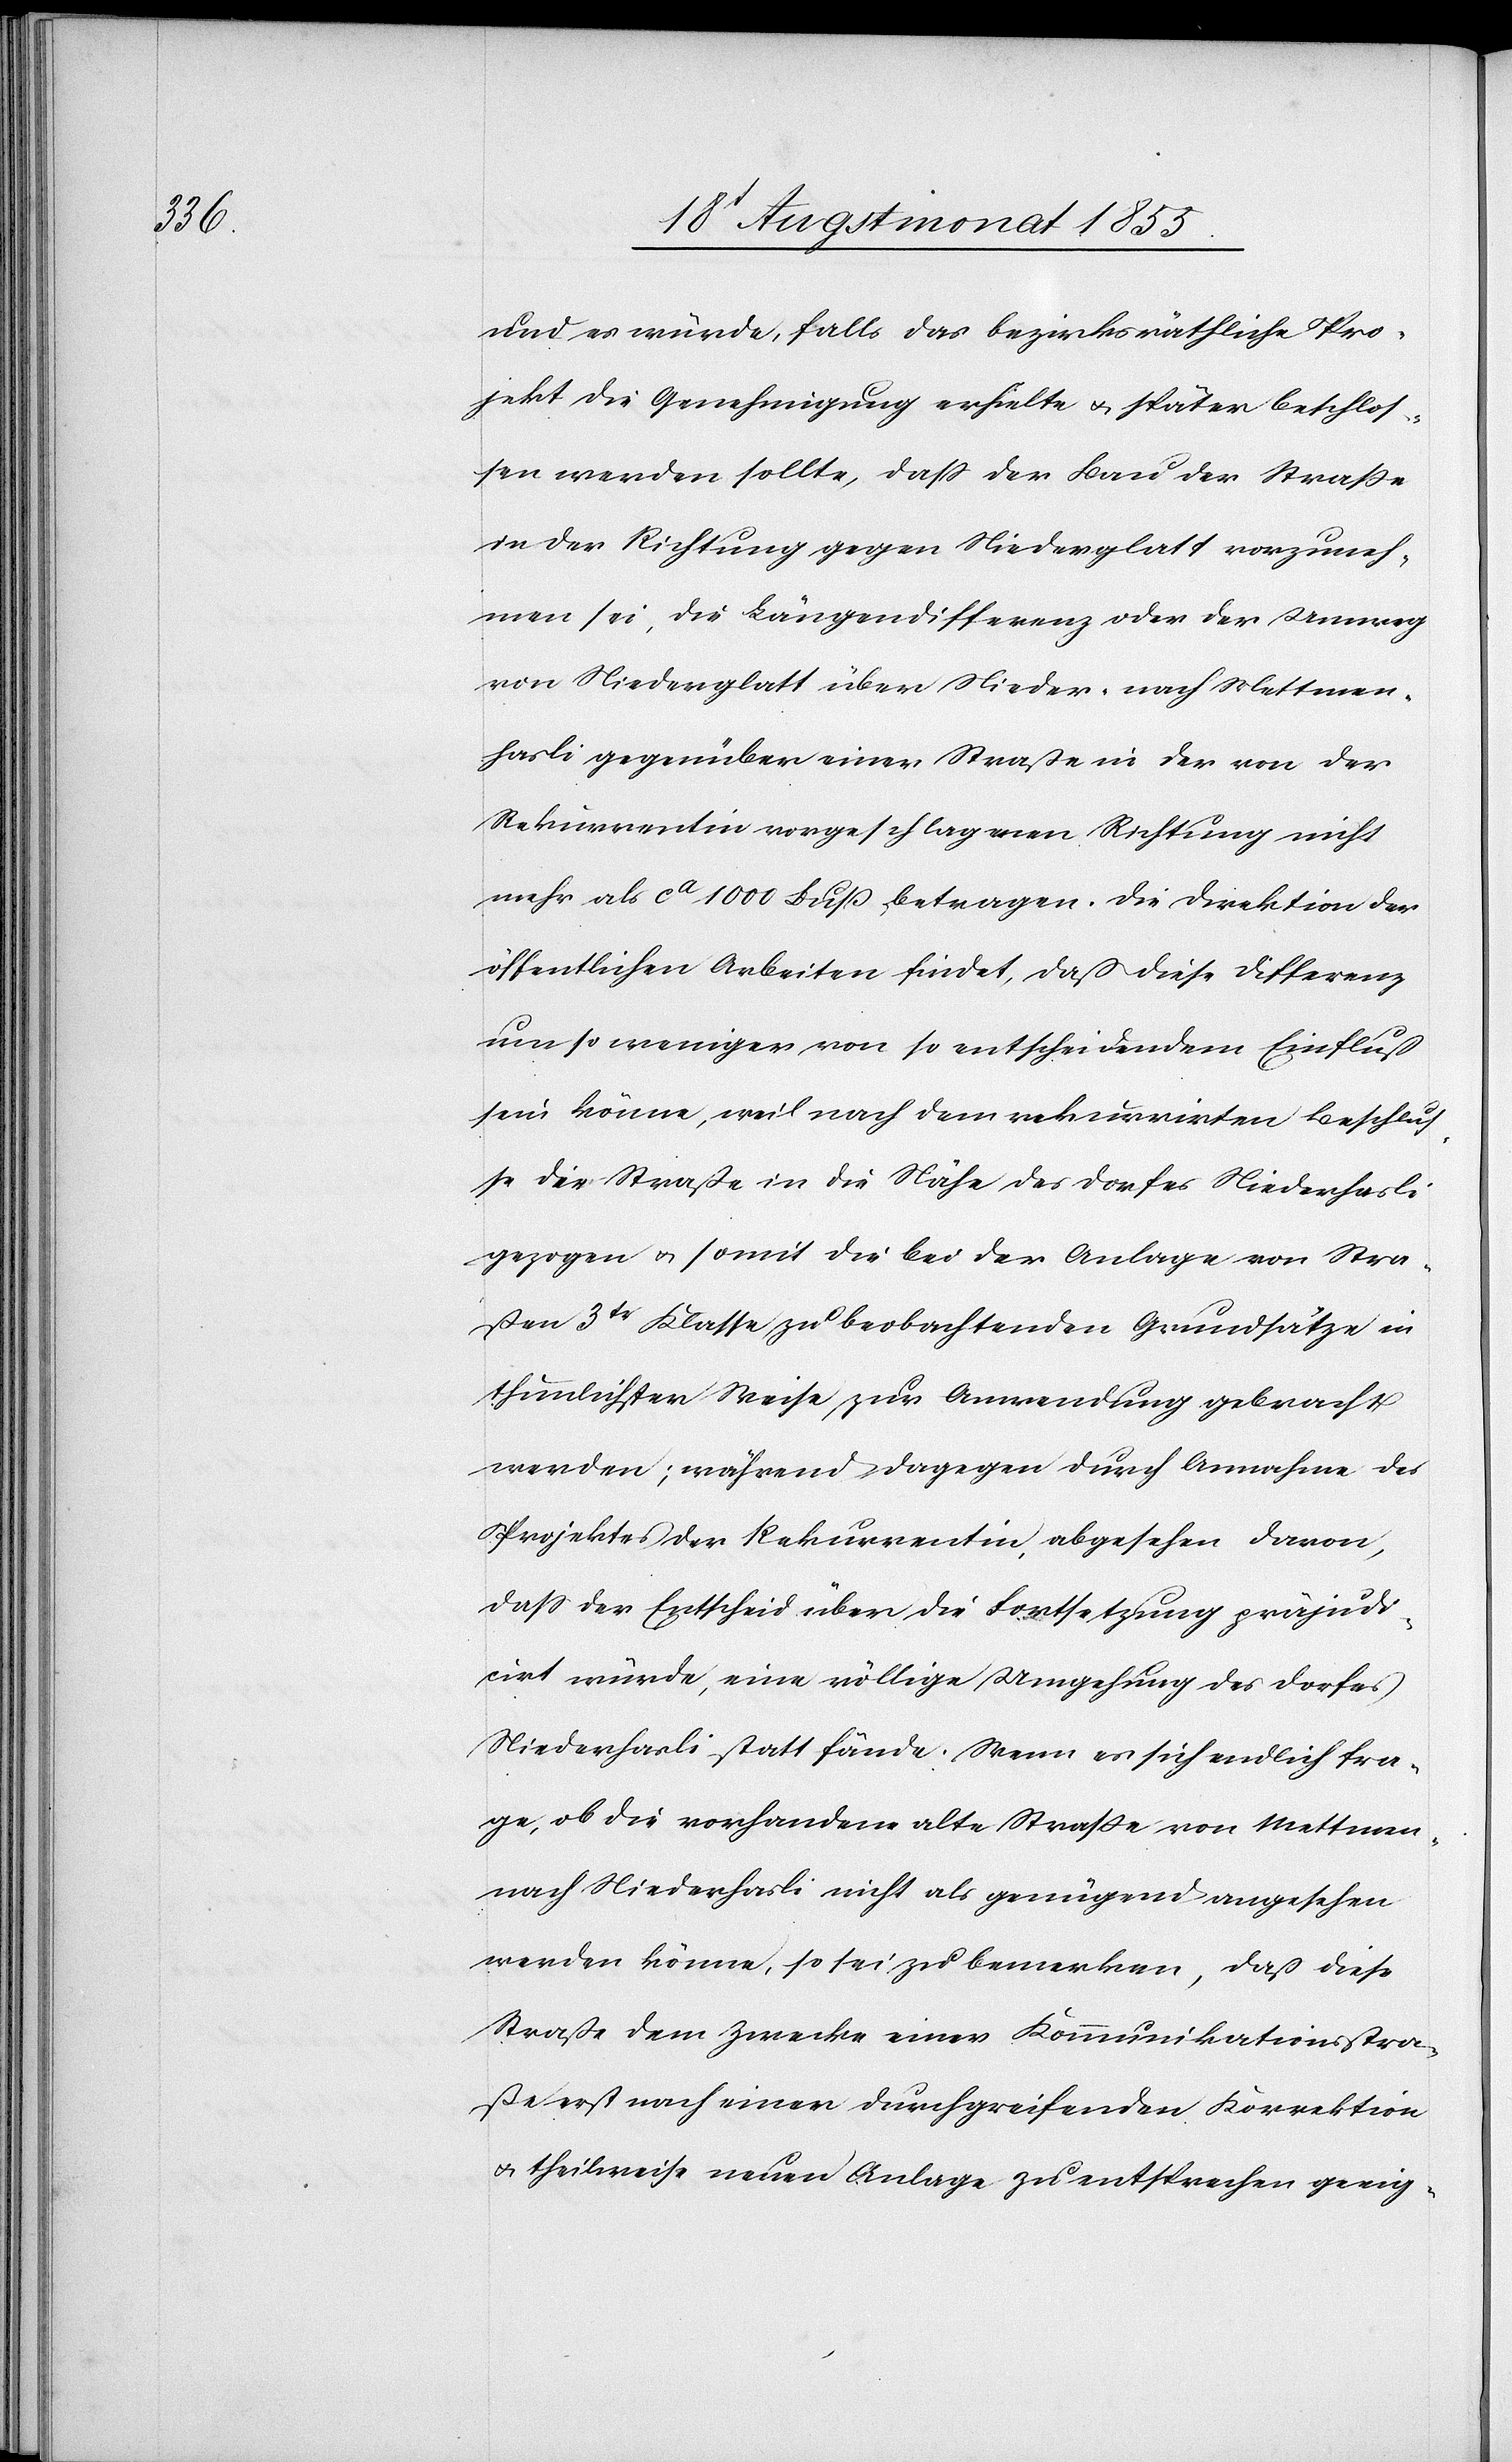
und es würde, falls das bezirksräthliche Pro¬
jekt die Genehmigung erhielte & später beschlos¬
sen werden sollte, dass der Bau der Straße
in der Richtung gegen Niederglatt vorzuneh¬
men sei, die Längendifferenz oder der Umweg
von Niederglatt über Nieder- nach Mettmen¬
hasli gegenüber einer Straße in der von der
Rekurrentin vorgeschlagenen Richtung nicht
mehr als ca 1000 Fuß betragen. Die Direktion der
öffentlichen Arbeiten findet, daß diese Differenz
um so weniger von so entscheidendem Einfluß
sein könne, weil nach dem rekurrirten Beschlus¬
se die Straße in die Nähe des Dorfes Niederhasli
gezogen & somit die bei der Anlage von Stra¬
ßen 3tr Klasse zu beobachtenden Grundsätze in
thunlichster Weise zur Anwendung gebracht
werden; während dagegen durch Annahme des
Projektes der Rekurrentin, abgesehen davon,
dass der Entscheid über die Fortsetzung präjudi¬
cirt würde, eine völlige Umgehung des Dorfes
Niederhasli statt fände. Wenn es sich endlich fra¬
ge, ob die vorhandene alte Straße von Mettmen-
nach Niederhasli nicht als genügend angesehen
werden könne, so sei zu bemerken, daß diese
Straße dem Zwecke einer Kommunikationsstra¬
ße erst nach einer durchgreifenden Korrektion
& theilweise neuen Anlage zu entsprechen geeig-